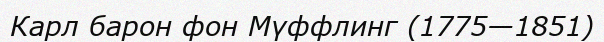
Карл барон фон Мүффлинг (1775—1851)